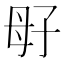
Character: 㝀